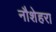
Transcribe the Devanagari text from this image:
नौशेहरा